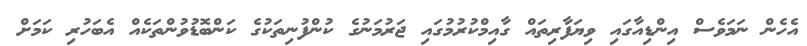
އެހެން ނަމަވެސް އިންޑިއާގައި ވިޔަފާރިތައް ގާއިމްކުރުމުގައި ޖަރުމަނުގެ ކުންފުނިތަކުގެ ކަންބޮޑުވުންތަކެއް އެބަހުރި ކަމަށް